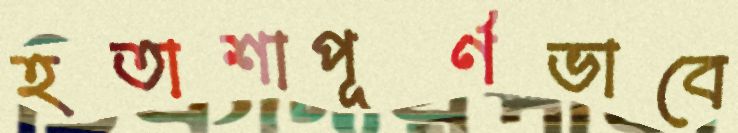
হতাশাপূর্ণভাবে